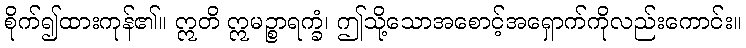
စိုက်၍ထားကုန်၏။ ဣတိ ဣမဉ္စာရက္ခံ၊ ဤသို့သောအစောင့်အရှောက်ကိုလည်းကောင်း။